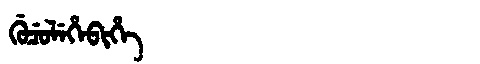
Manchu: ᡤᡠᠴᡠᠯᡝᡥᡝᠪᡳᡥᡝ
Romanization: GUCULEHEBIHE